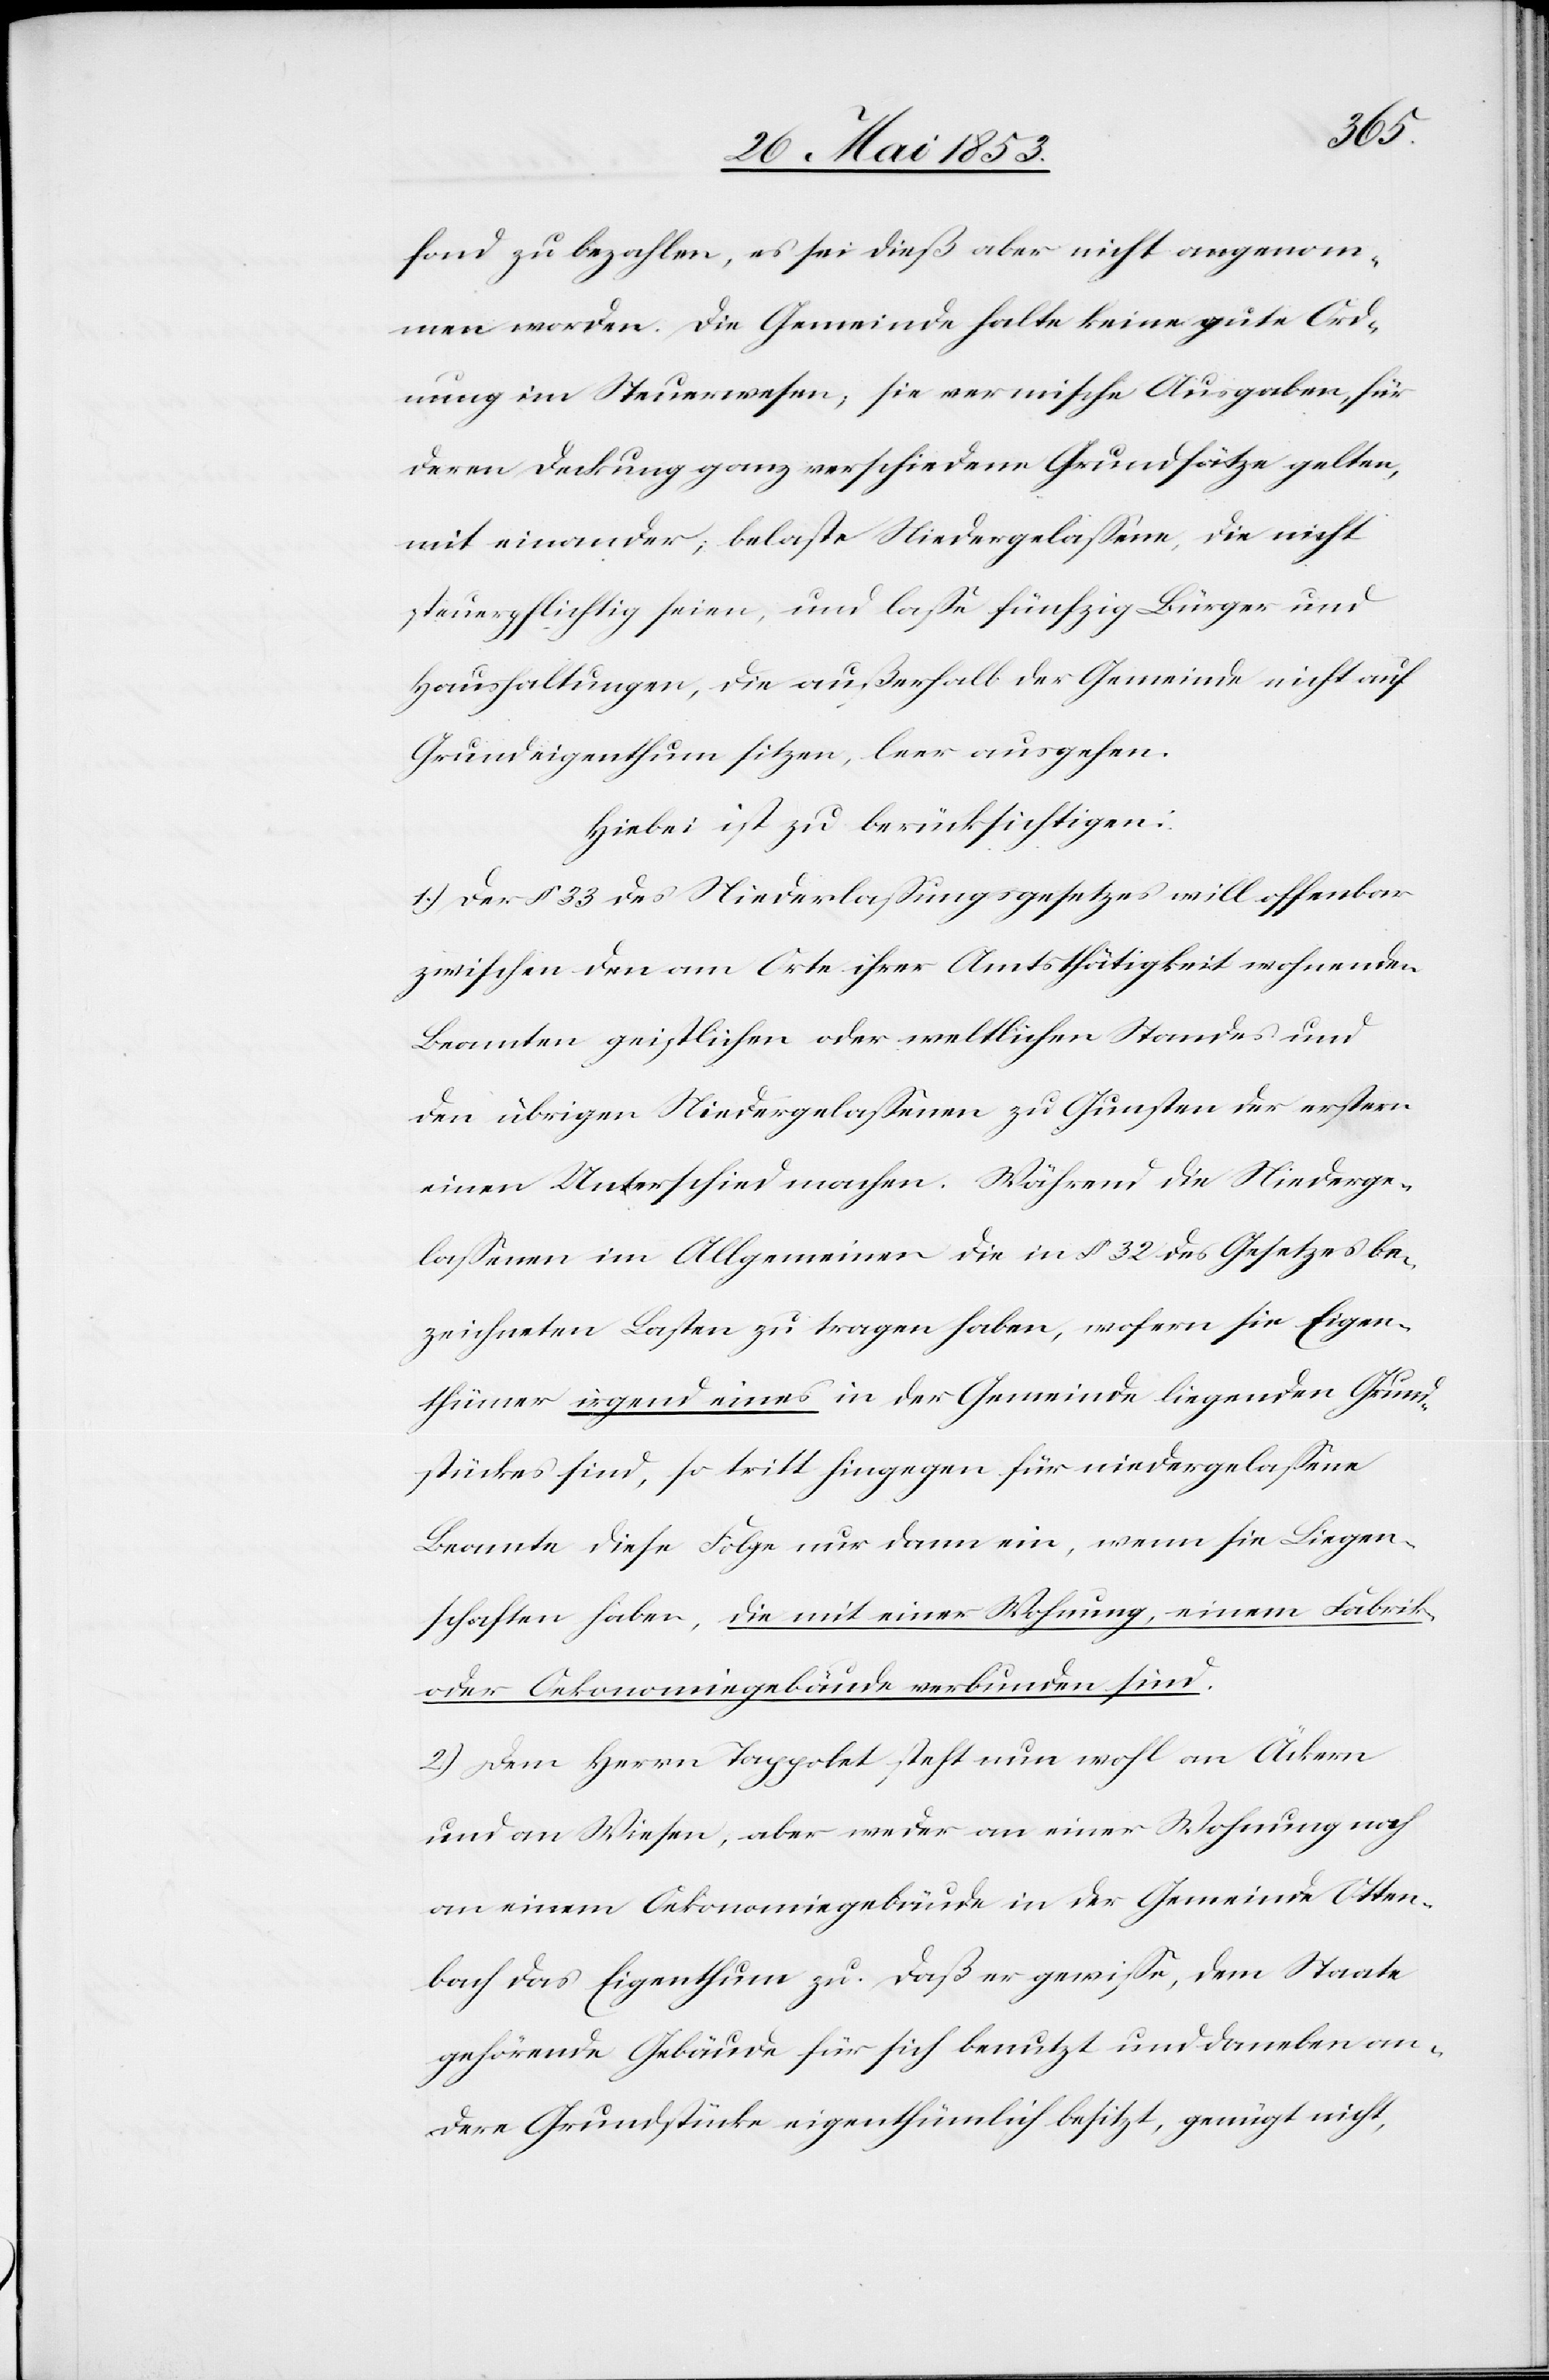
fond zu bezahlen, es sei dieß aber nicht angenom¬
men worden. Die Gemeinde halte keine gute Ord¬
nung im Steuerwesen, sie vermische Ausgaben, für
deren Deckung ganz verschiedene Grundsätze gelten,
miteinander, belaste Niedergelaßene, die nicht
steuerpflichtig seien, und laße fünfzig Bürger und
Haushaltungen, die außerhalb der Gemeinde nicht auf
Grundeigenthum sitzen, leer ausgehen.
Hiebei ist zu berücksichtigen:
1.) Der § 33 des Niederlaßungsgesetzes will offenbar
zwischen den am Orte ihrer Amtsthätigkeit wohnenden
Beamten geistlichen oder weltlichen Standes und
den übrigen Niedergelaßenen zu Gunsten der erstern
einen Unterschied machen. Während die Niederge¬
laßenen im Allgemeinen die in § 32 des Gesetzes be¬
zeichneten Lasten zu tragen haben, wofern sie Eigen¬
thümer irgend eines in der Gemeinde liegenden Grund¬
stückes sind, so tritt hingegen für niedergelaßene
Beamte diese Folge nur dann ein, wenn sie Liegen¬
schaften haben, die mit einer Wohnung, einem Fabrik-
oder Oekonomiegebäude verbunden sind.
2.) Dem Herrn Tappolet, steht nun wohl an Äckern
und an Wiesen, aber weder an einer Wohnung noch
an einem Oekonomiegebäude in der Gemeinde Otten¬
bach das Eigenthum zu. Daß er gewiße, dem Staate
gehörende Gebäude für sich benutzt und daneben an¬
dere Grundstücke eigenthümlich besitzt, genügt nicht,